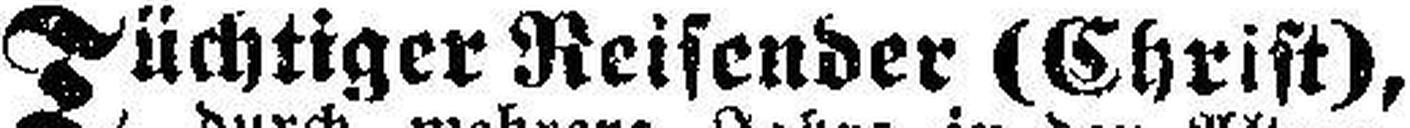
Tüchtiger Reisender (Christ),